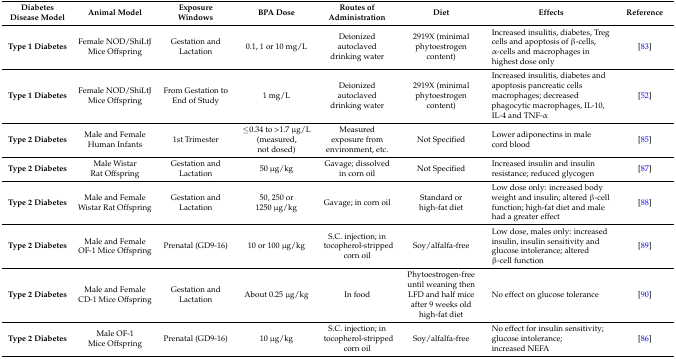
<table><thead><tr><td><b>Diabetes Disease Model</b></td><td><b>Animal Model</b></td><td><b>Exposure Windows</b></td><td><b>BPA Dose</b></td><td><b>Routes of Administration</b></td><td><b>Diet</b></td><td><b>Effects</b></td><td><b>Reference</b></td></tr></thead><tbody><tr><td><b>Type 1 Diabetes</b></td><td>Female NOD/ShiLtJ Mice Offspring</td><td>Gestation and Lactation</td><td>0.1, 1 or 10 mg/L</td><td>Deionized autoclaved drinking water</td><td>2919X (minimal phytoestrogen content)</td><td>Increased insulitis, diabetes, Treg cells and apoptosis of β-cells, α-cells and macrophages in highest dose only</td><td>[83]</td></tr><tr><td><b>Type 1 Diabetes</b></td><td>Female NOD/ShiLtJ Mice Offspring</td><td>From Gestation to End of Study</td><td>1 mg/L</td><td>Deionized autoclaved drinking water</td><td>2919X (minimal phytoestrogen content)</td><td>Increased insulitis, diabetes and apoptosis pancreatic cells macrophages; decreased phagocytic macrophages, IL-10, IL-4 and TNF-α</td><td>[52]</td></tr><tr><td><b>Type 2 Diabetes</b></td><td>Male and Female Human Infants</td><td>1st Trimester</td><td>≤0.34 to &gt;1.7 μg/L (measured, not dosed)</td><td>Measured exposure from environment, etc.</td><td>Not Specified</td><td>Lower adiponectins in male cord blood</td><td>[85]</td></tr><tr><td><b>Type 2 Diabetes</b></td><td>Male Wistar Rat Offspring</td><td>Gestation and Lactation</td><td>50 μg/kg</td><td>Gavage; dissolved in corn oil</td><td>Not Specified</td><td>Increased insulin and insulin resistance; reduced glycogen</td><td>[87]</td></tr><tr><td><b>Type 2 Diabetes</b></td><td>Male and Female Wistar Rat Offspring</td><td>Gestation and Lactation</td><td>50, 250 or 1250 μg/kg</td><td>Gavage; in corn oil</td><td>Standard or high-fat diet</td><td>Low dose only: increased body weight and insulin; altered β-cell function; high-fat diet and male had a greater effect</td><td>[88]</td></tr><tr><td><b>Type 2 Diabetes</b></td><td>Male and Female OF-1 Mice Offspring</td><td>Prenatal (GD9-16)</td><td>10 or 100 μg/kg</td><td>S.C. injection; in tocopherol-stripped corn oil</td><td>Soy/alfalfa-free</td><td>Low dose, males only: increased insulin, insulin sensitivity and glucose intolerance; altered β-cell function</td><td>[89]</td></tr><tr><td><b>Type 2 Diabetes</b></td><td>Male and Female CD-1 Mice Offspring</td><td>Gestation and Lactation</td><td>About 0.25 μg/kg</td><td>In food</td><td>Phytoestrogen-free until weaning then LFD and half mice after 9 weeks old high-fat diet</td><td>No effect on glucose tolerance</td><td>[90]</td></tr><tr><td><b>Type 2 Diabetes</b></td><td>Male OF-1 Mice Offspring</td><td>Prenatal (GD9-16)</td><td>10 μg/kg</td><td>S.C. injection; in tocopherol-stripped corn oil</td><td>Soy/alfalfa-free</td><td>No effect for insulin sensitivity; glucose intolerance; increased NEFA</td><td>[86]</td></tr></tbody></table>